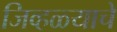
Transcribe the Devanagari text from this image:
जिव्हळ्याचे